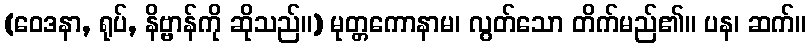
(ဝေဒနာ, ရုပ်, နိဗ္ဗာန်ကို ဆိုသည်။) မုတ္တကောနာမ၊ လွတ်သော တိက်မည်၏။ ပန၊ ဆက်။